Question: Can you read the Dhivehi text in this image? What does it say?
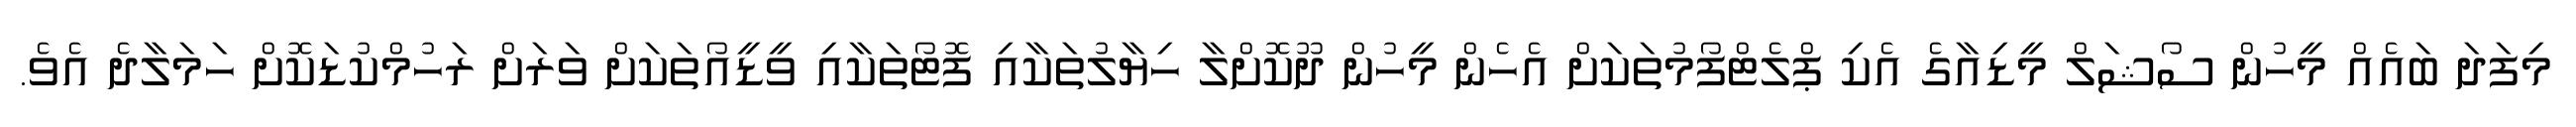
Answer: މިފަދަ ބައެއް މީހުން ސޯޝަލް މީޑިއާގެ އެކި ޕްލެޓްފޯމުތަކަށް އެހެން މީހުން ދޫކޮށްލާ ހިޔާލުތަކާއި ފޮޓޯތަކާއި ވީޑީއޯތަކަށް ވަރަށް ރަހުމްކުޑަކޮށް ހަމަލާދެ އެވެ.